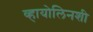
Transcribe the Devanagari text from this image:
व्हायोलिनशी